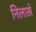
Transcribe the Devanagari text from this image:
निलाखे